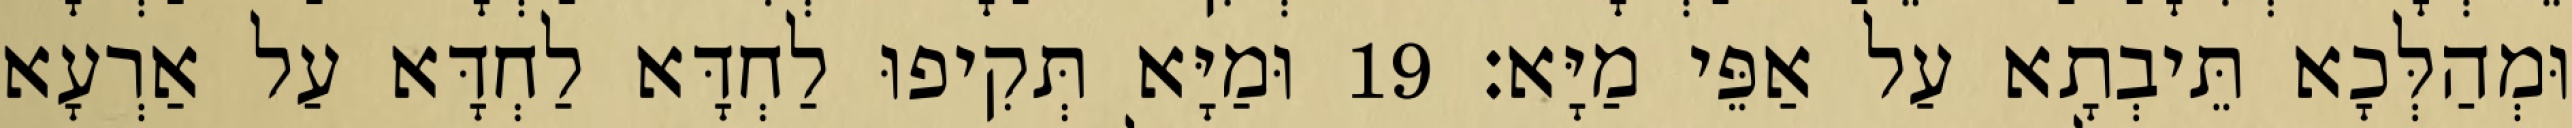
וּמְהַלְּכָא תֵּיבְתָא עַל אַפֵּי מַיָּא׃ 19 וּמַיָּא תְּקִיפוּ לַחְדָּא לַחְדָּא עַל אַרְעָא